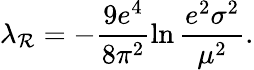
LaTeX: \lambda_{\mathcal{R}}=-\frac{{9e^{4}}}{{8\pi^{2}}}\ln\frac{{e^{2}\sigma^{2}}}{{\mu^{2}}}.